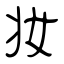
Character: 妆